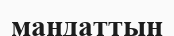
мандаттың